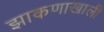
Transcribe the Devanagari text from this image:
झाकणाखाली